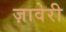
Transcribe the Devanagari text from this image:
ज़ावेरी